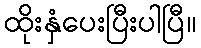
ထိုးနှံပေးပြီးပါပြီ။